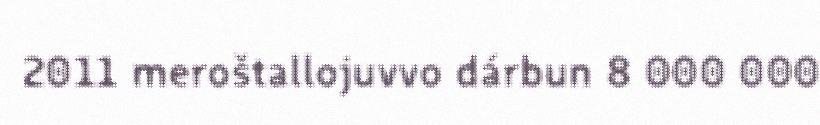
2011 meroštallojuvvo dárbun 8 000 000